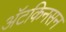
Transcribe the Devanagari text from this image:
अॅटकिनसन